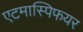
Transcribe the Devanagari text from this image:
एटमास्पिफयर